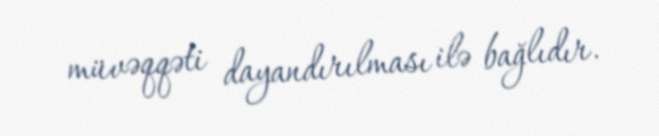
müvəqqəti dayandırılması ilə bağlıdır.